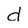
Character: d